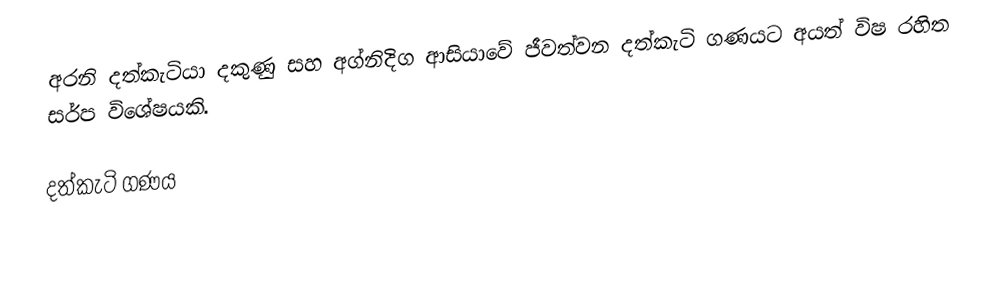
අරනි දත්කැටියා දකුණු සහ අග්නිදිග ආසියාවේ ජීවත්වන දත්කැටි ගණයට අයත් විෂ රහිත සර්ප විශේෂයකි.

දත්කැටි ගණය